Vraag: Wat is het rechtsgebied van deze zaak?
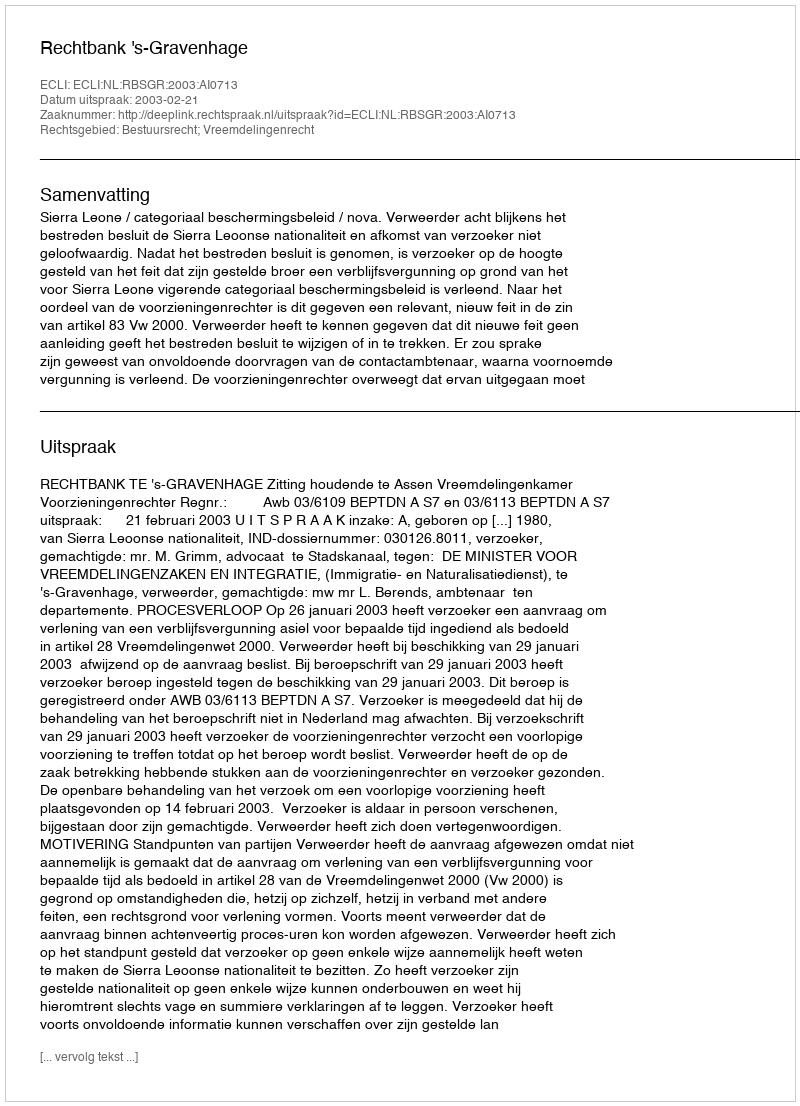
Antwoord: Bestuursrecht; Vreemdelingenrecht